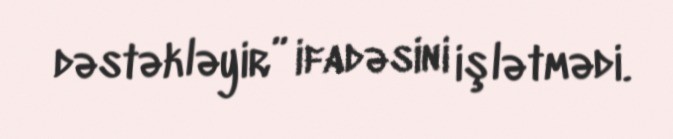
dəstəkləyir” ifadəsini işlətmədi.